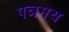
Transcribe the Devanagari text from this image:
पत्रमय